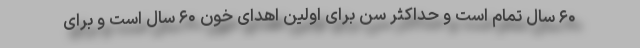
۶۰ سال تمام است و حداکثر سن برای اولین اهدای خون ۶۰ سال است و برای